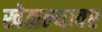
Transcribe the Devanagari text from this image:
खेळल्यावर